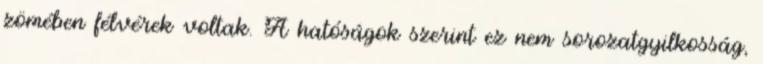
zömében félvérek voltak. A hatóságok szerint ez nem sorozatgyilkosság,